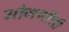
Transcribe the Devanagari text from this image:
मोजणीची